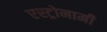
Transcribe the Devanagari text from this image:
एस्ट्रोनामी